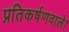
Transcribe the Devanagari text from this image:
प्रतिकर्षणवाले।